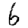
Digit: 6